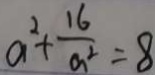
a ^ { 2 } + \frac { 1 6 } { a ^ { 2 } } = 8